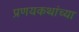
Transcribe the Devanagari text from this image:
प्रणयकथांच्या